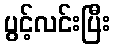
ပွင့်လင်းပြီး